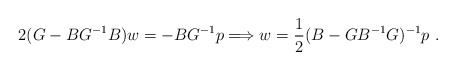
\begin{align*}2(G-BG^{-1}B)w=-BG^{-1}p \Longrightarrow w=\frac{1}{2}(B-GB^{-1}G)^{-1}p\ .\end{align*}